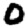
Digit: 0